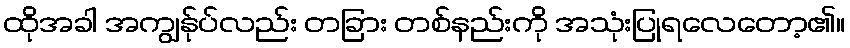
ထိုအခါ အကျွန်ုပ်လည်း တခြား တစ်နည်းကို အသုံးပြုရလေတော့၏။